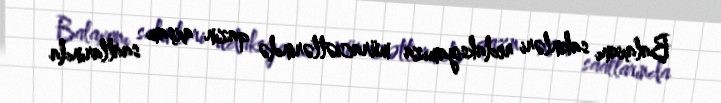
Balaxanı sakinləri redaksiyamıza müraciətlərində qazın axşam saatlarında